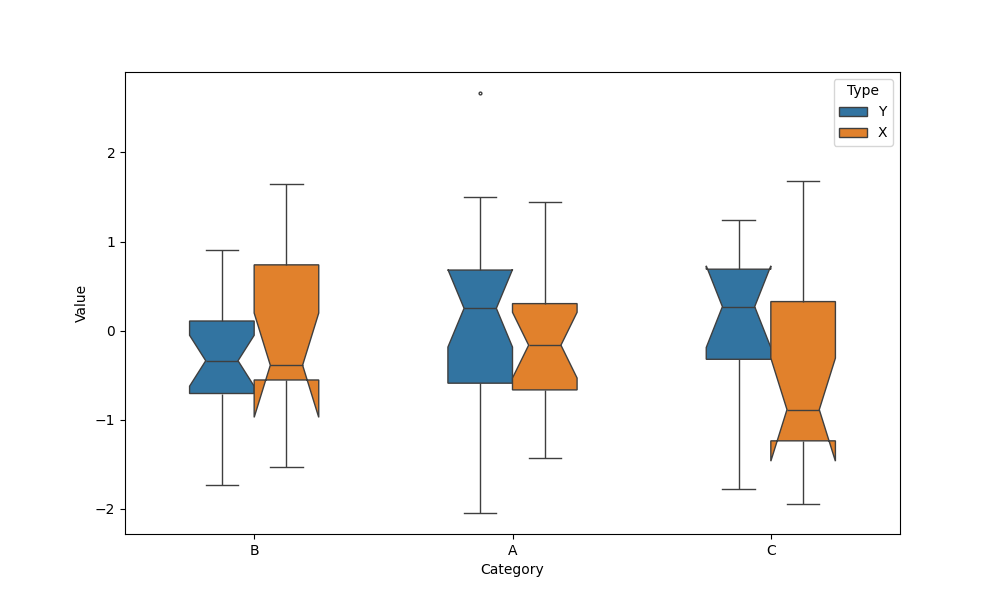
python, seaborn, boxplot, width=0.5, linewidth=1, fliersize=2, notch=True